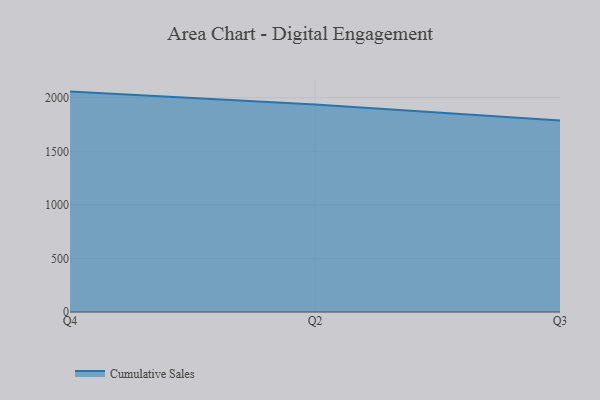
{"axis": {"x": "Quarter", "y": "Budget (USD K)"}, "legend": ["Cumulative Sales"], "data": [{"x": "Q4", "y": 2057.5, "type": "Cumulative Sales"}, {"x": "Q2", "y": 1937.6, "type": "Cumulative Sales"}, {"x": "Q3", "y": 1786.8, "type": "Cumulative Sales"}]}